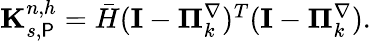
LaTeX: \begin{array}{r}{\mathbf{K}_{s,\P}^{n,h}=\bar{H}(\mathbf{I}-\mathbf{\Pi}_{k}^{\nabla})^{T}(\mathbf{I}-\mathbf{\Pi}_{k}^{\nabla}).}\end{array}